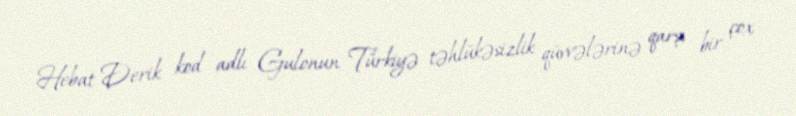
Hebat Derik kod adlı Gulonun Türkiyə təhlükəsizlik qüvvələrinə qarşı bir çox